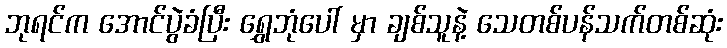
ဘုရင်က အောင်ပွဲခံပြီး ရွှေဘုံပေါ် မှာ ချစ်သူနဲ့ သေတစ်ပန်သက်တစ်ဆုံး